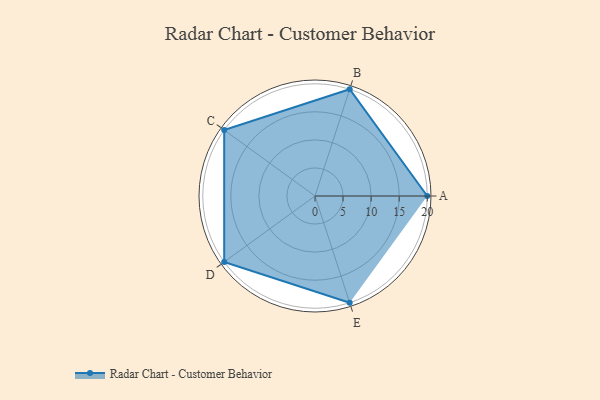
{"axis": {"x": "Skill", "y": "Score"}, "legend": ["Profile"], "data": [{"x": "A", "y": 20, "type": "Profile"}, {"x": "B", "y": 20, "type": "Profile"}, {"x": "C", "y": 20, "type": "Profile"}, {"x": "D", "y": 20, "type": "Profile"}, {"x": "E", "y": 20, "type": "Profile"}]}